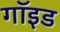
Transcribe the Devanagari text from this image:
गॉइड